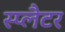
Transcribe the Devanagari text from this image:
स्प्लैटर